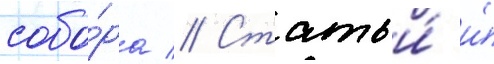
собо́ра // Статьи́ и́